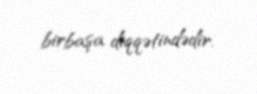
birbaşa diqqətindədir.